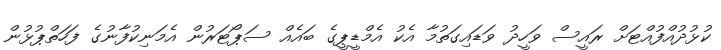
ކުޅުދުއްފުއްޓަށް ރައީސް ވަހީދު ވަޑައިގަތުމާ އެކު އެމްޑީޕީގެ ބައެއް ސަޕޯޓަރުން އެމަނިކުފާނުގެ ފަހަތްޕުޅުން